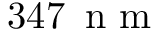
3 4 7 \ensuremath { \, \mathrm { ~ n ~ m ~ } }